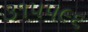
૩૧૫૫૯૬